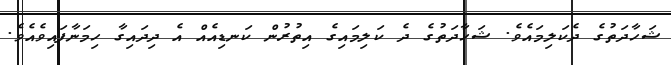
ޝަހާދަތުގެ ދެކަލިމައެވެ. ޝަހާދަތުގެ ދެ ކަލިމައިގެ އިތުރުން ކަނޑިއެއް އެ ދިދައިގާ ހިމަނާފައިވެއެވެ.